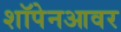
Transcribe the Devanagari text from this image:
शॉपेनआवर